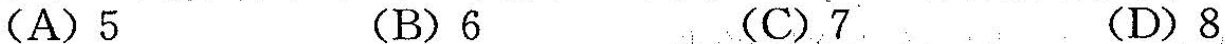
(A)5 (B)6 (C)7 (D)8